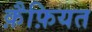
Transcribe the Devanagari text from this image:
क़ैफ़ियत